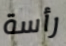
رأسة